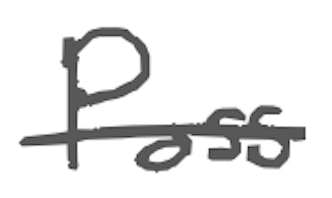
Text: Pass
Cross-out: single-line
Writing tool: digital_gray